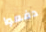
دفعوا